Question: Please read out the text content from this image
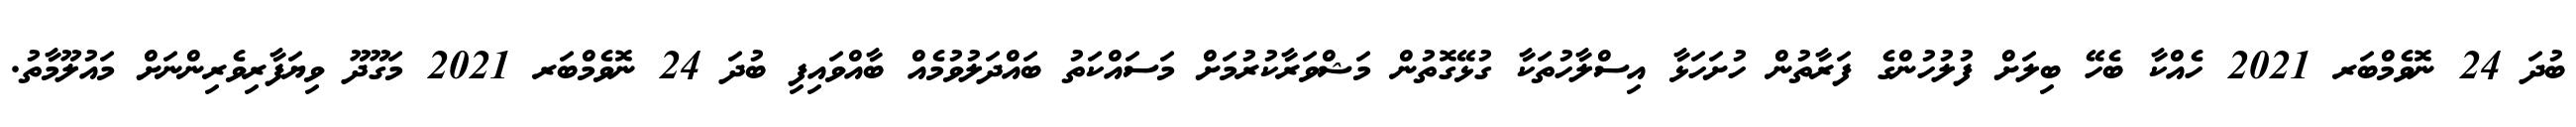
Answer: ބުދަ 24 ނޮވެމްބަރ 2021 ހެއްކާ ބެހޭ ބިލަށް ފުލުހުންގެ ފަރާތުން ހުށަހަޅާ އިސްލާހުތަކާ ގުޅޭގޮތުން މަޝްވަރާކުރުމަށް މަސައްކަތު ބައްދަލުވުމެއް ބާއްވައިފި ބުދަ 24 ނޮވެމްބަރ 2021 މަގޫދޫ ވިޔަފާރިވެރިންނަށް މައުލޫމާތު.